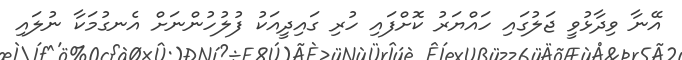
އޭނާ ވިދާޅުވީ ޖަލުގައި ހައްޔަރު ކޮށްފައި ހުރި ގައިދީއަކު ފުލުހުންނަށް އެނގުމަކާ ނުލައި